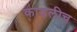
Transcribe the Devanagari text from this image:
काढलीच